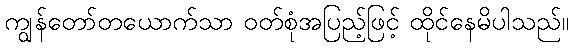
ကျွန်တော်တယောက်သာ ဝတ်စုံအပြည့်ဖြင့် ထိုင်နေမိပါသည်။